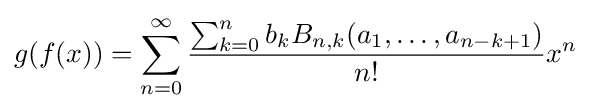
g(f(x))=\sum _{n=0}^{\infty }{\frac {\sum _{k=0}^{n}b_{k}B_{n,k}(a_{1},\dots ,a_{n-k+1})}{n!}}x^{n}